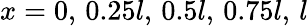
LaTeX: x=0,\, 0.25l,\, 0.5l,\, 0.75l,\, l